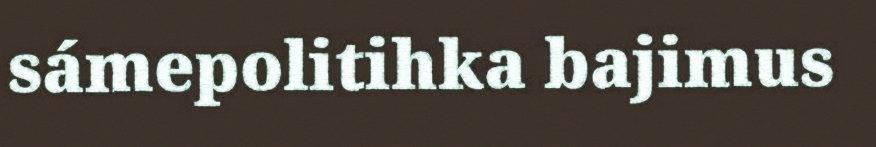
sámepolitihka bajimus